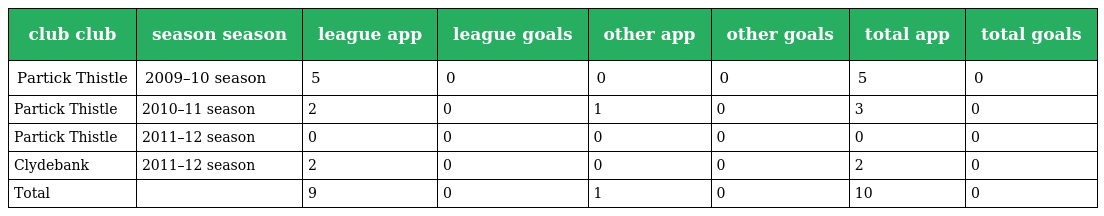
| club club | season season | league app | league goals | other app | other goals | total app | total goals |
 | --- | --- | --- | --- | --- | --- | --- | --- |
 | Partick Thistle | 2009–10 season | 5 | 0 | 0 | 0 | 5 | 0 |
 | Partick Thistle | 2010–11 season | 2 | 0 | 1 | 0 | 3 | 0 |
 | Partick Thistle | 2011–12 season | 0 | 0 | 0 | 0 | 0 | 0 |
 | Clydebank | 2011–12 season | 2 | 0 | 0 | 0 | 2 | 0 |
 | Total |  | 9 | 0 | 1 | 0 | 10 | 0 |